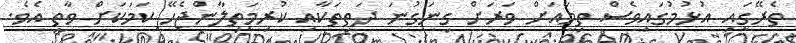
ތެރޭގައި އުޅުމުގައިވެސް ތިމާއަށް ވަރަށް ގިނަގުނަ ދަތިތަކާއި ކުރިމަތިލާންޖެހޭ ކަމަކަށް ވާތީ އެވެ.